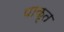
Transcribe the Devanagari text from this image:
पाकृत